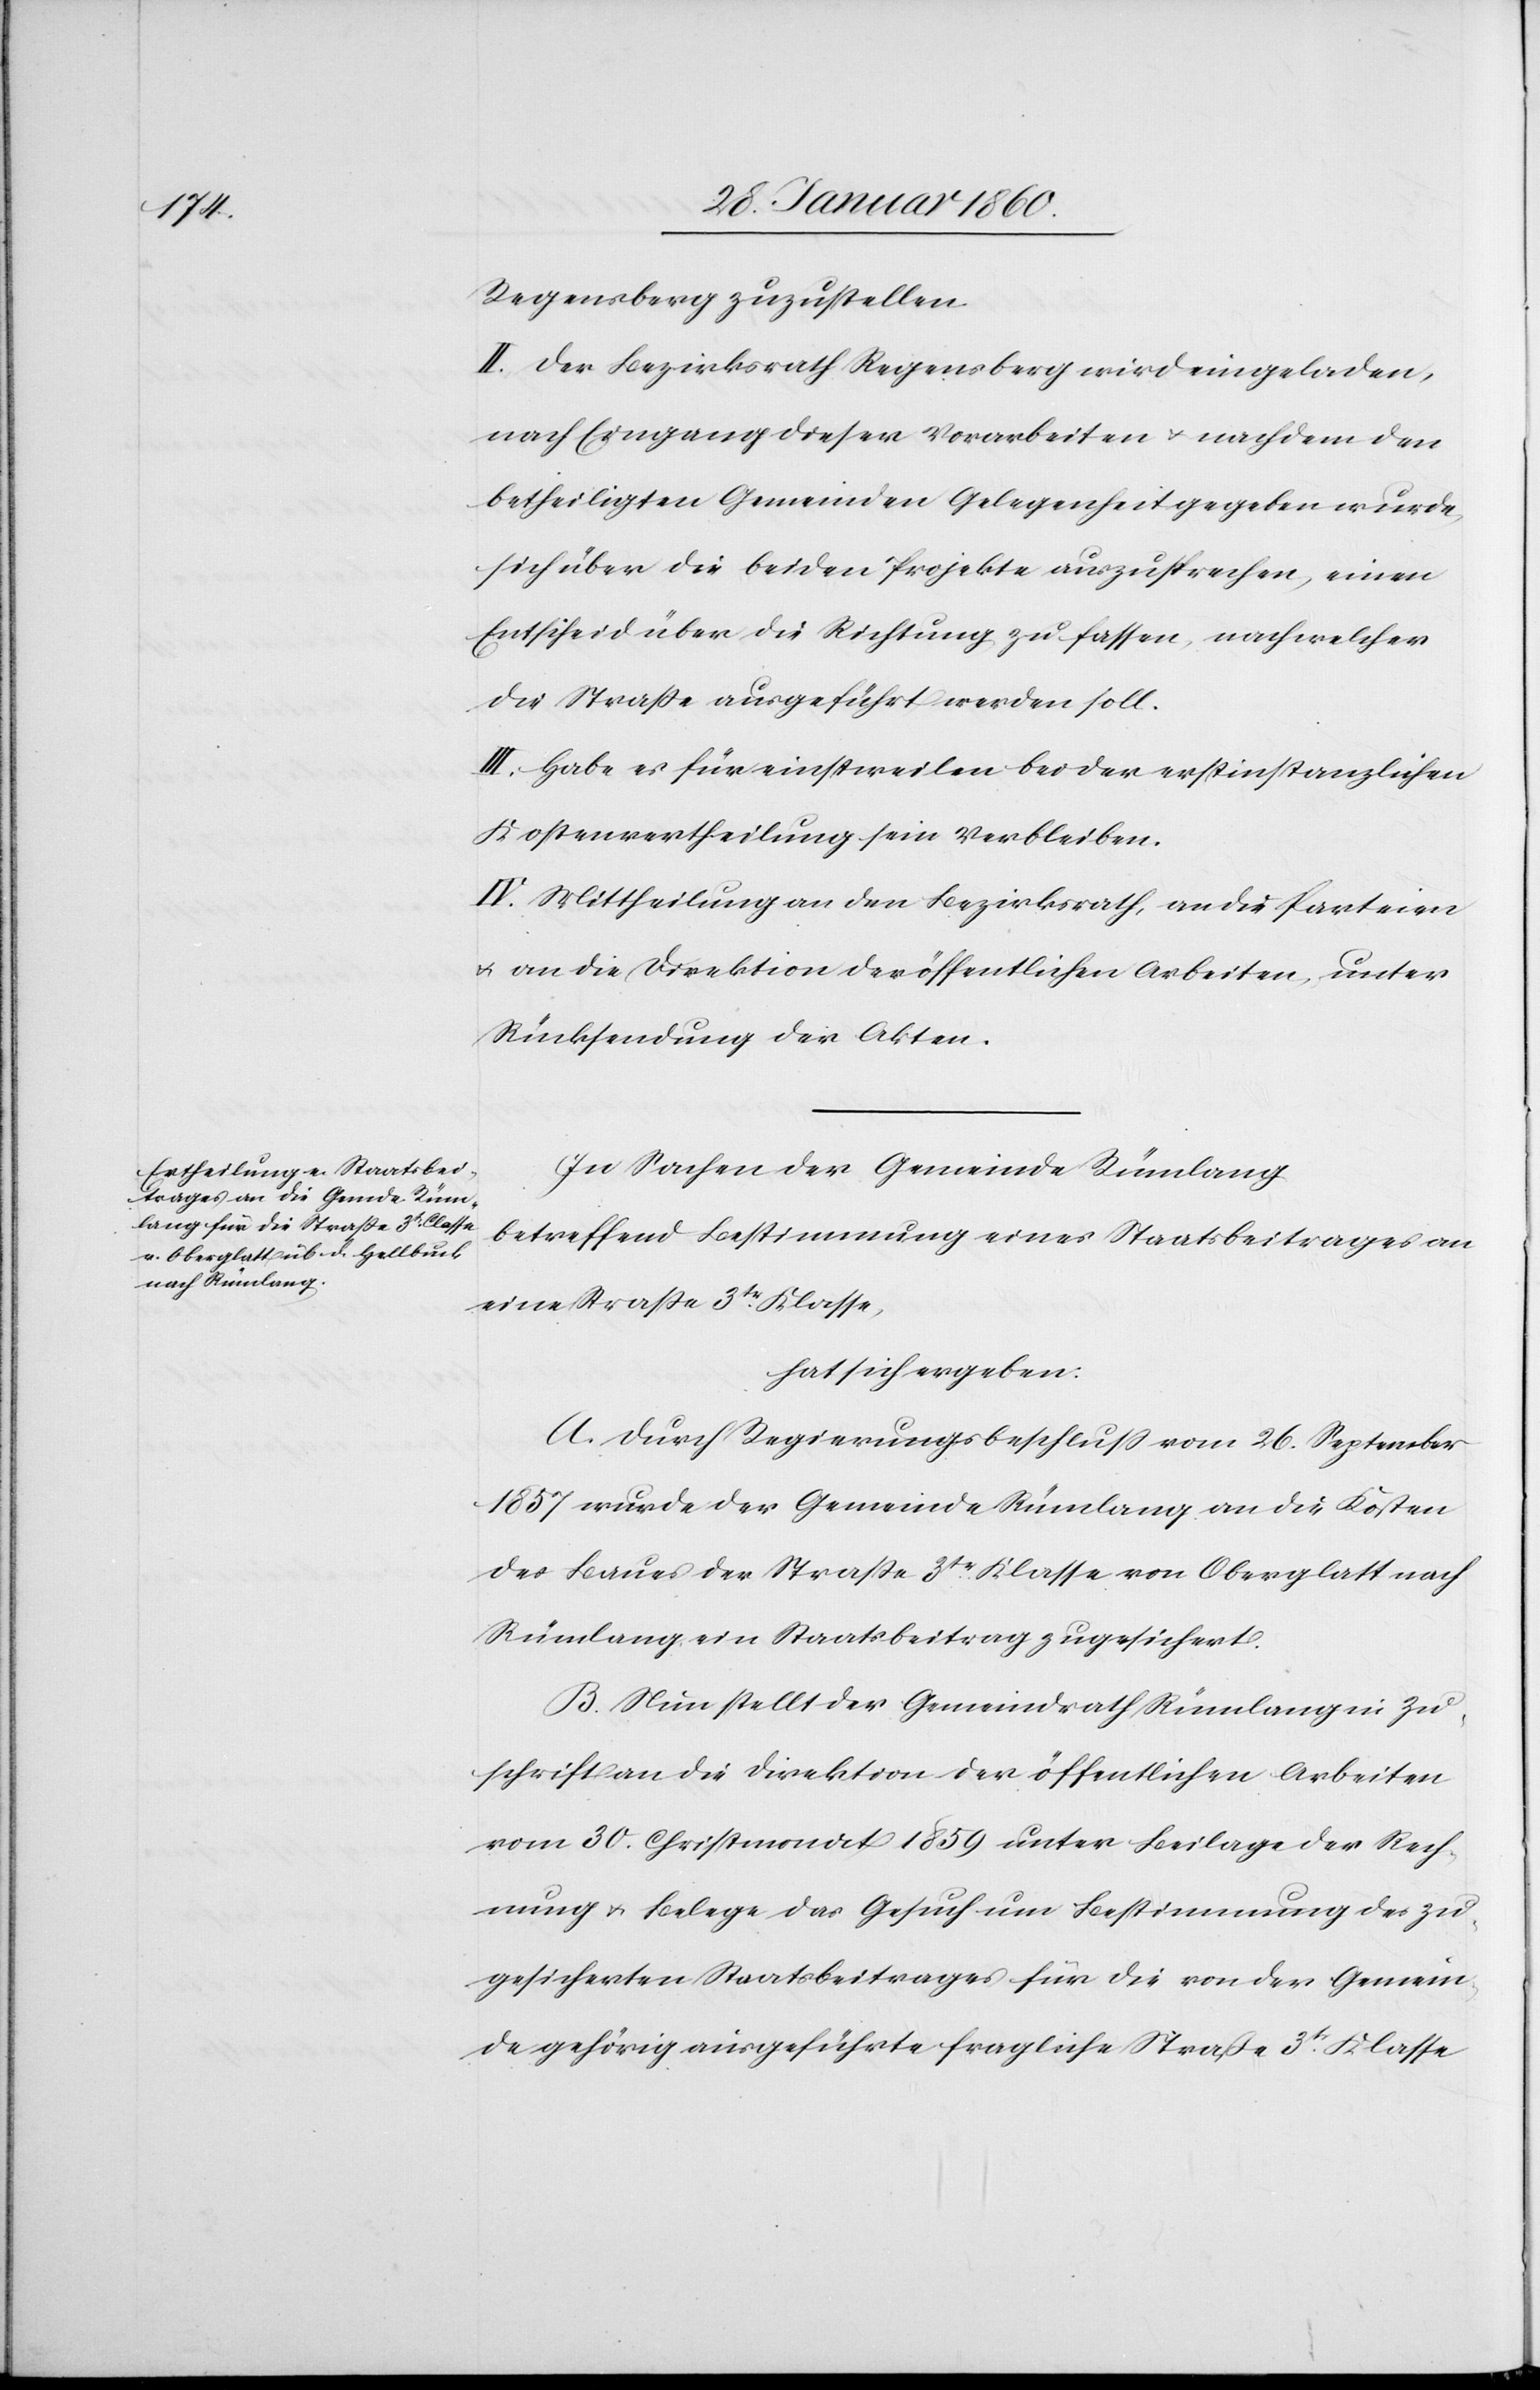
Regensberg zuzustellen.
II. Der Bezirksrath Regensberg wird eingeladen,
nach Eingang dieser Vorarbeiten u. nachdem den
betheiligten Gemeinden Gelegenheit gegeben wurde,
sich über die beiden Projekte auszusprechen, einen
Entscheid über die Richtung zu fassen, nach welcher
die Strasse ausgeführt werden soll.
II. Habe es für einstweilen bei der erstinstanzlichen
Kostenvertheilung sein Verbleiben.
IV. Mittheilung an den Bezirksrath, an die Parteien
u. an die Direktion der öffentlichen Arbeiten, unter
Rücksendung der Akten.
In Sachen der Gemeinde Rümlang
betreffend Bestimmung eines Staatsbeitrages an
eine Strasse 3tr Klasse,
hat sich ergeben:
A. Durch Regierungsbeschluss vom 26. September
1857 wurde der Gemeinde Rümlang an die Kosten
des Baues der Strasse 3tr Klase von Oberglatt nach
Rümlang ein Staatsbeitrag zugesichert.
B. Nun stellt der Gemeindrath Rümlang in Zu¬
schrift die Direktion der öffentlichen Arbeiten
vom 30. Christmonat 1859 unter Beilage der Rech¬
nung u. Belege das Gesuch um Bestimmung des zu¬
gesicherten Staatsbeitrages für die von der Gemein¬
de gehörig eingeführte fragliche Strasse 3tr Klasse